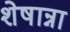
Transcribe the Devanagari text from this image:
शेषान्ना